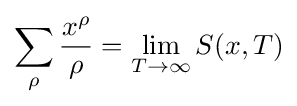
\sum _{\rho }{\frac {x^{\rho }}{\rho }}=\lim _{T\to \infty }S(x,T)